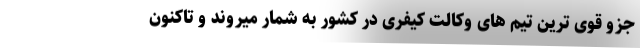
جزو قوی ترین تیم های وکالت کیفری در کشور به شمار میروند و تاکنون